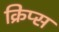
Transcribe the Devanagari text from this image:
क्रिप्‍स